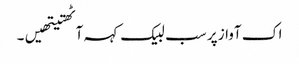
اک آواز پر سب لبیک کہہ آٹھتیتھیں۔